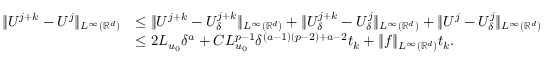
\begin{array} { r l } { \| U ^ { j + k } - U ^ { j } \| _ { L ^ { \infty } ( \ensuremath { \mathbb { R } } ^ { d } ) } } & { \leq \| U ^ { j + k } - U _ { \delta } ^ { j + k } \| _ { L ^ { \infty } ( \ensuremath { \mathbb { R } } ^ { d } ) } + \| U _ { \delta } ^ { j + k } - U _ { \delta } ^ { j } \| _ { L ^ { \infty } ( \ensuremath { \mathbb { R } } ^ { d } ) } + \| U ^ { j } - U _ { \delta } ^ { j } \| _ { L ^ { \infty } ( \ensuremath { \mathbb { R } } ^ { d } ) } } \\ & { \leq 2 L _ { u _ { 0 } } \delta ^ { a } + C L _ { u _ { 0 } } ^ { p - 1 } \delta ^ { ( a - 1 ) ( p - 2 ) + a - 2 } t _ { k } + \| f \| _ { L ^ { \infty } ( \ensuremath { \mathbb { R } } ^ { d } ) } t _ { k } . } \end{array}